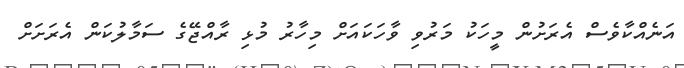
އަނެއްކާވެސް އެރަށުން މީހަކު މަރުވި ވާހަކައަށް މިހާރު މުޅި ރާއްޖޭގެ ސަމާލުކަން އެރަށަށް